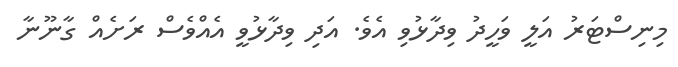
މިނިސްޓަރު އަލީ ވަހީދު ވިދާޅުވި އެވެ. އަދި ވިދާޅުވީ އެއްވެސް ރަށެއް ގާނޫނާ